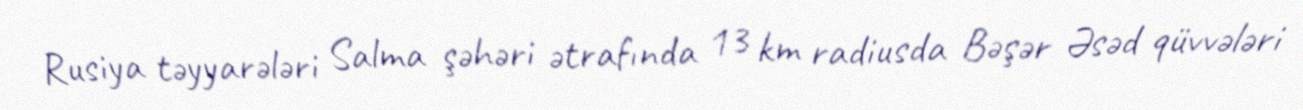
Rusiya təyyarələri Salma şəhəri ətrafında 13 km radiusda Bəşər Əsəd qüvvələri